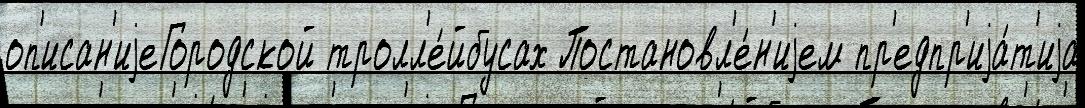
оп'исан'иjеГородской тролл'е́йбусах Постановл'е́н'иjем пр'едпр'иjа́т'иjа